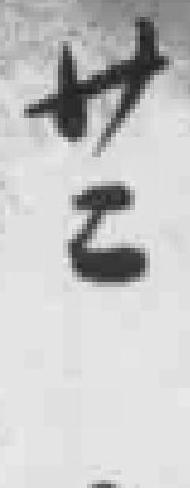
廿二